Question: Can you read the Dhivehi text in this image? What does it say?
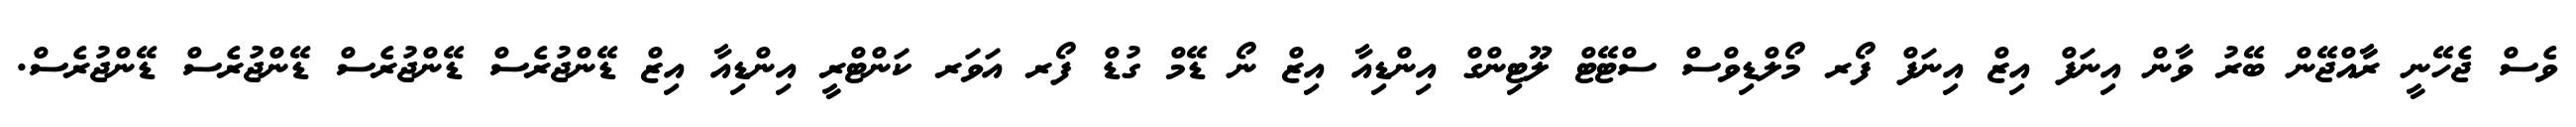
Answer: ވެސް ޖެހޭނީ ރާާއްޖޭން ބޭރު ވާން އިނަފް އިޒް އިނަފް ފޯރ މޯލްޑިވްސް ސްޓޭޓް ލޫޓިންގް އިންޑިއާ އިޒް ނޯ ޑޭމް ގުޑް ފޯރ އަވަރ ކަންޓްރީ އިންޑިއާ އިޒް ޑޭންޖުރެސް ޑޭންޖުރެސް ޑޭންޖުރެސް ޑޭންޖުރެސް.